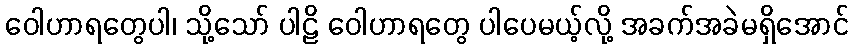
ဝေါဟာရတွေပါ၊ သို့သော် ပါဠိ ဝေါဟာရတွေ ပါပေမယ့်လို့ အခက်အခဲမရှိအောင်